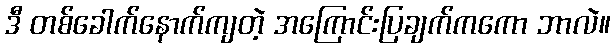
ဒီ တစ်ခေါက်နောက်ကျတဲ့ အကြောင်းပြချက်ကကော ဘာလဲ။